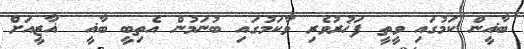
ބާޣީން ކަމުގައި ވީތީ ފަޚުރުވެރި ވާކަމުގައި ބުނަމުން އެތިބީ ބާޣީ  ޣާޒީއަށް